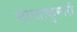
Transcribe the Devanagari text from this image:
सान्ताकुमारी